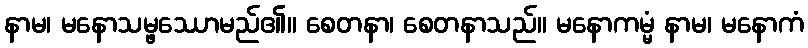
နာမ၊ မနောသမ္ဖဿောမည်၏။ စေတနာ၊ စေတနာသည်။ မနောကမ္မံ နာမ၊ မနောကံ